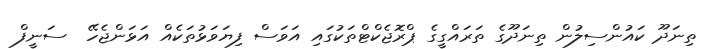
ތިނަދޫ ކައުންސިލުން ތިނަދޫގެ ތަރައްގީގެ ޕްރޮޖެކްޓްތަކުގައި އަވަސް ފިޔަވަޅުތަކެއް އަޅަންޖެހޭ  ސަނީފް